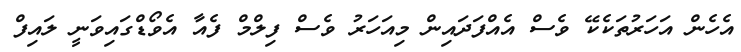
އެހެން އަހަރުތަކެކޭ ވެސް އެއްފަދައިން މިއަހަރު ވެސް ފިލްމް ފެއާ އެވޯޑްގައިވަނީ ލައިފް